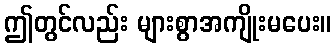
ဤတွင်လည်း များစွာအကျိုးမပေး။